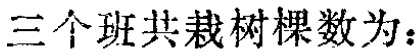
三个班共栽树棵数为：